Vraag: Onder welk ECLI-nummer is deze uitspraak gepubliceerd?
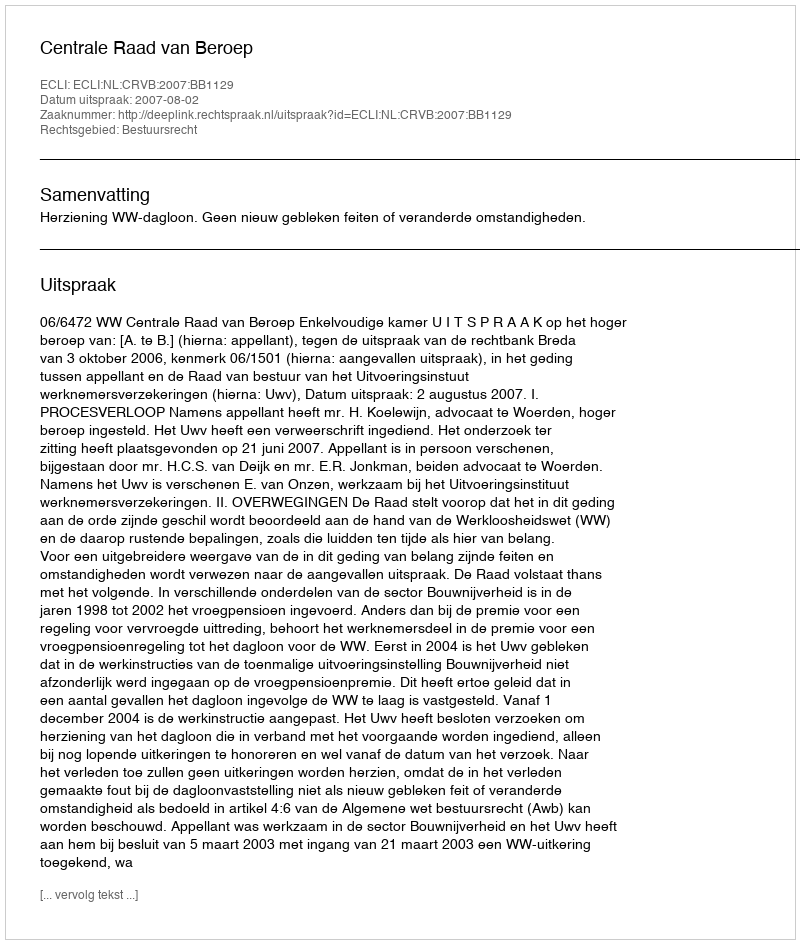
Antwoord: ECLI:NL:CRVB:2007:BB1129